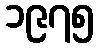
၁၉၇၅